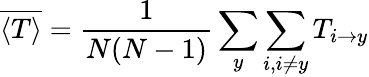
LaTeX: \overline{{\langle T\rangle}}=\frac{1}{N(N-1)}\sum_{y}\sum_{i,i\ne y}T_{{i\rightarrow y}}